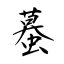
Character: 蟇